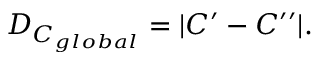
D _ { C _ { g l o b a l } } = | C ^ { \prime } - C ^ { \prime \prime } | .